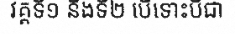
វគ្គទី១ នឹងទី២ បើទោះបីជា